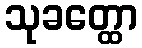
သုခတ္ထော